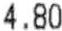
4.80